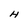
Character: H